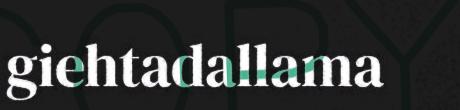
giehtadallama